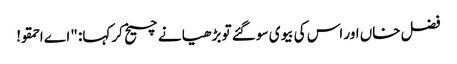
فضل خاں اور اس کی بیوی سو گئے تو بڑھیا نے چیخ کر کہا: "اے احمقو!